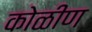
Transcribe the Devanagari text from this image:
कोळीण